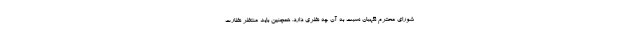
شورای محترم نگهبان نسبت به آن چه نظری دارد. همچنین باید منتظر نظارت